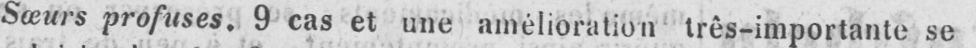
Sœurs profuses. 9 cas et une amélioration três-importante se